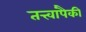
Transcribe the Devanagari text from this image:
तत्त्वांपैकी